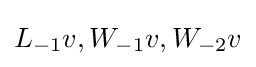
L_{-1}v,W_{-1}v,W_{-2}v